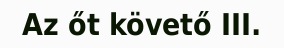
Az őt követő III.